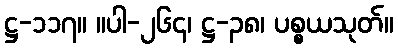
ဋ္ဌ-၁၁၇။ ။ပါ-၂၆၄၊ ဋ္ဌ-၃၈၊ ပစ္စယသုတ်။